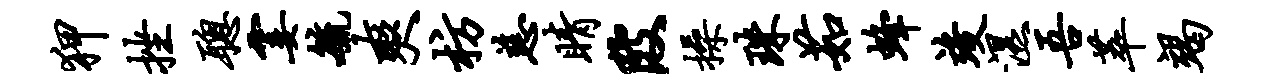
狎挫聪霎毓爽枋慈睛陂操珠茹蜂竣湿吾萃竭